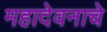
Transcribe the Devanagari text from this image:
महादेवनाचे